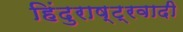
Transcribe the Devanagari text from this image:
हिंदुराष्ट्रवादी